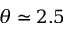
\theta \simeq 2 . 5